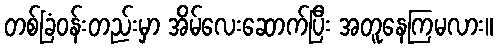
တစ်ခြံဝန်းတည်းမှာ အိမ်လေးဆောက်ပြီး အတူနေကြမလား။